Vaccination in Burma 1920-1933 - 1920-1933
Year: 1920
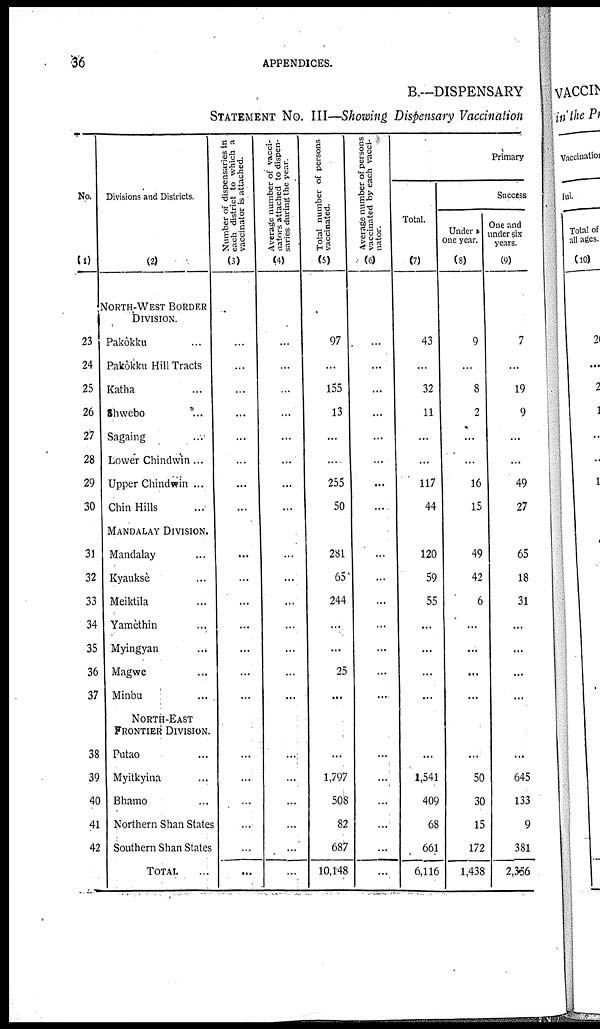
36
APPENDICES.
B.—DISPENSARY
STATEMENT No. III—Showing Dispensary Vaccination
No.
(1)
23
24
25
26
27
28
29
30
31
32
33
34
35
36
37
38
39
40
41
42
Divisions and Districts.
(2)
NORTH-WEST BORDER
DIVISION.
Pakôkku... ... ...
Pakôkku Hill Tracts... ...
Katha... ... ...
Shwebo... ... ...
Sagaing... ... ...
Lower Chindwin...
Upper Chindwin ...
Chin Hills... ... ...
MANDALAY DIVISION.
Mandalay... ... ...
Kyaukse... ... ...
Meiktila... ... ...
Yamèthin... ... ...
Myingyan ... ...
Magwe... ... ...
Minbu... ... ...
NORTH-EAST
FRONTIER DIVISION.
Putao... ... ...
Myitkyina... ... ...
Bhamo... ... ...
Northern Shan States... ... ...
Southern Shan States...
TOTAL
Number of dispensaries in
each district to which a
vaccinator is attached.
(3)
...
...
...
...
...
...
...
...
...
...
...
...
...
...
...
...
...
...
...
...
...
Average number of vacci-
nators attached to dispen-
saries during the year.
(4)
...
...
...
...
...
...
...
...
...
...
...
...
...
...
...
...
...
...
...
...
...
Total number of persons
vaccinated.
(5)
97
...
155
13
...
...
255
50
281
65
244
...
...
25
...
...
1,797
508
82
687
10,148
Average number of persons
vaccinated by each vacci-
nator.
(6)
...
...
...
...
...
...
...
...
...
...
...
...
...
...
...
...
...
...
...
...
...
Primary
Total.
(7)
43
...
32
11
...
...
117
44
120
59
55
...
...
...
...
...
1,541
409
68
661
6,116
Success
Under
One year.
(8)
9
...
8
2
...
...
16
15
49
42
6
...
...
...
...
...
50
30
15
172
1,438
One and
under six
years.
(9)
7
...
19
9
...
...
49
27
65
18
31
...
...
...
...
...
645
133
9
381
2,366